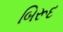
બિરૂદ